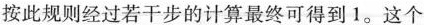
按此规则经过若干步的计算最终可得到1。这个